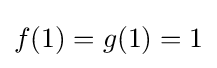
f(1)=g(1)=1